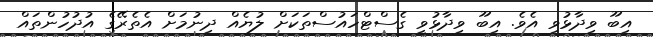
އިބޫ ވިދާޅުވި އެވެ. އިބޫ ވިދާޅުވީ ގެސްޓްހައުސްތަކަށް ލުޔެއް ދިނުމަށް އެތެރޭގެ އުދުހުންތައް